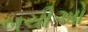
બચીઓ